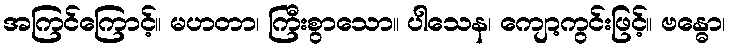
အကြင်ကြောင့်။ မဟတာ၊ ကြီးစွာသော။ ပါသေန၊ ကျော့ကွင်းဖြင့်။ ဗန္ဓော၊